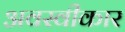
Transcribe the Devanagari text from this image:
अवस्वीकार